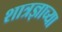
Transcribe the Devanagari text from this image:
शात्रज्ञाच्या